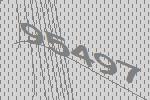
95497